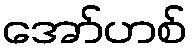
အော်ဟစ်